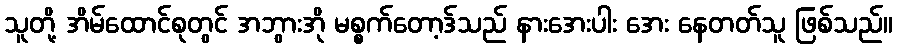
သူတို့ အိမ်ထောင်စုတွင် အဘွားအို မစ္စက်တော့ဒ်သည် နားအေးပါး အေး နေတတ်သူ ဖြစ်သည်။